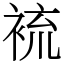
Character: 裗